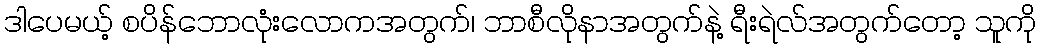
ဒါပေမယ့် စပိန်ဘောလုံးလောကအတွက်၊ ဘာစီလိုနာအတွက်နဲ့ ရီးရဲလ်အတွက်တော့ သူကို